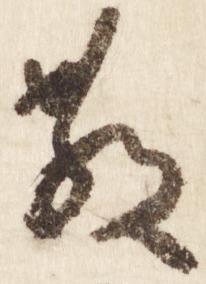
教